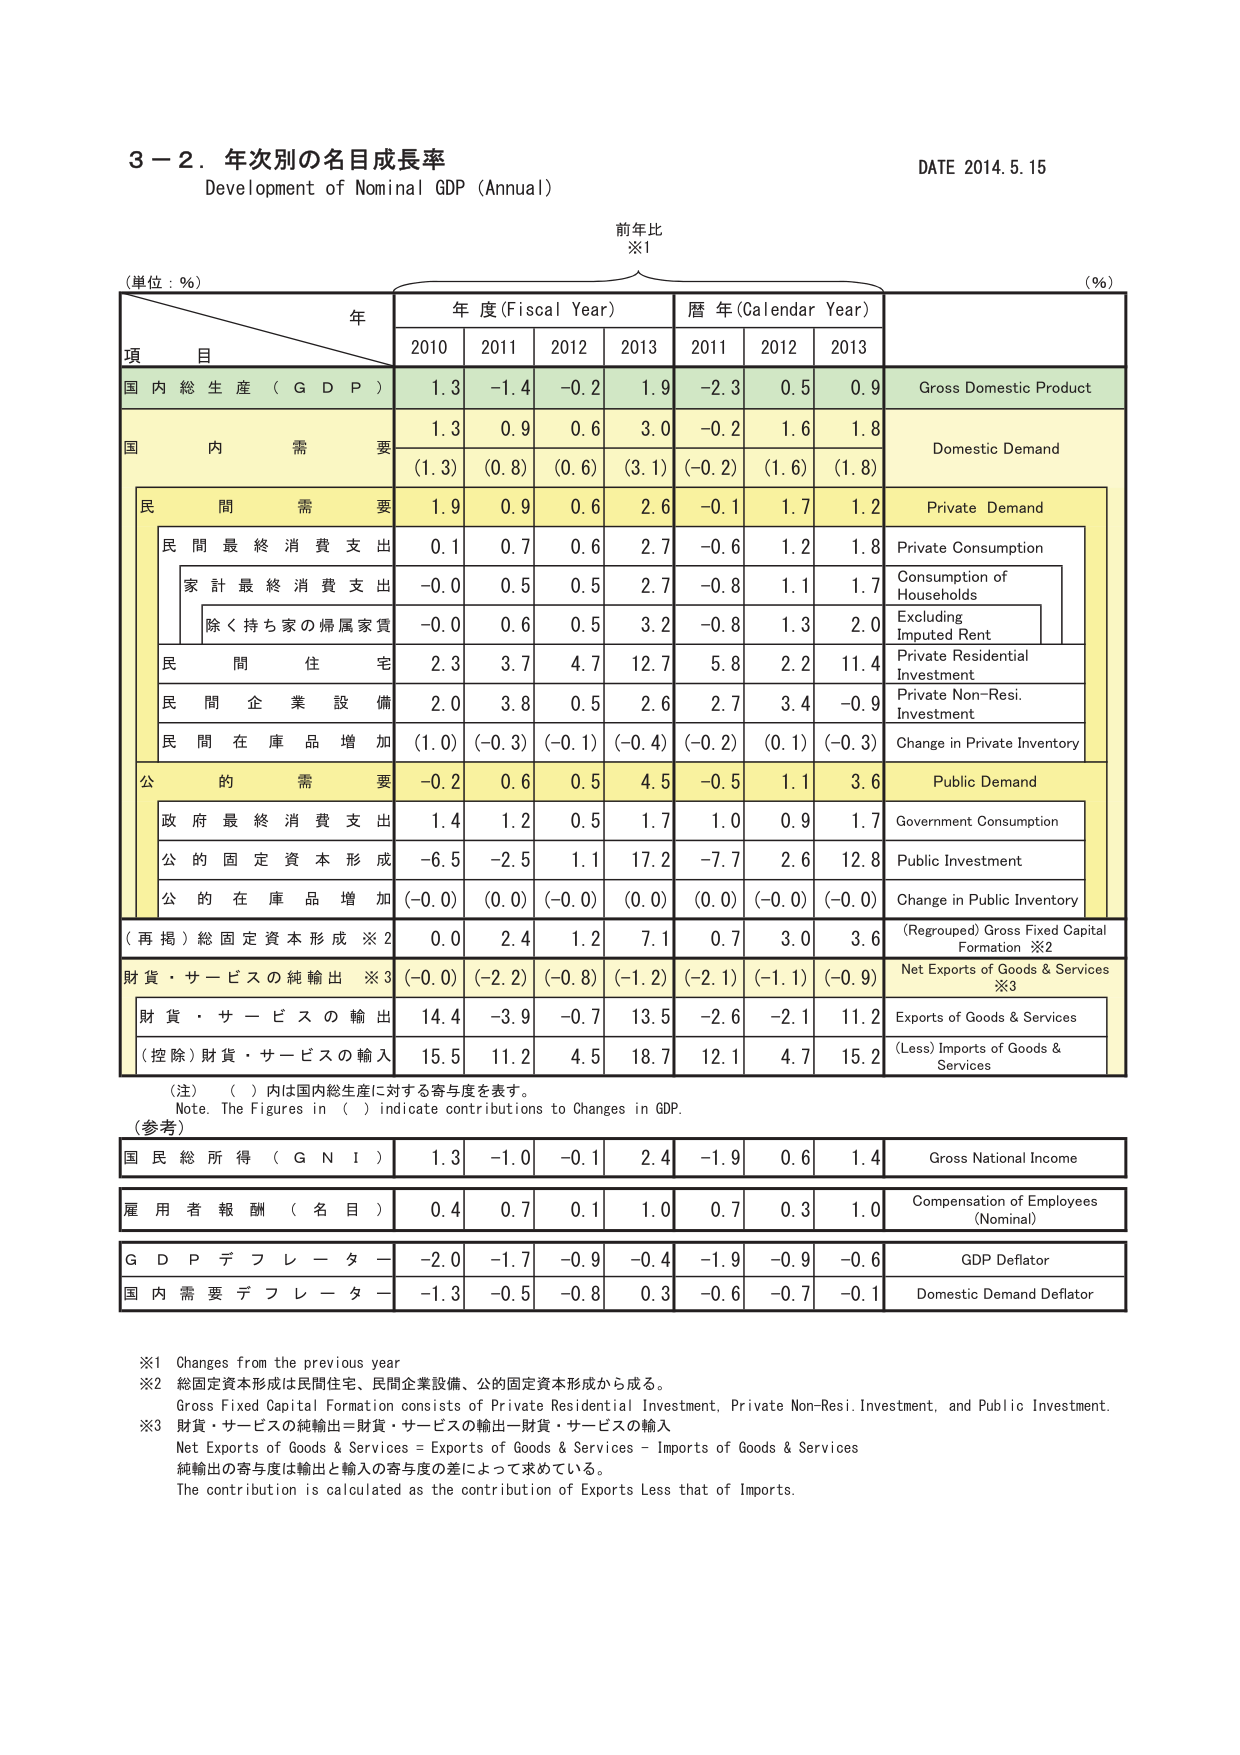
3－2．年次別の名目成長率
Development of Nominal GDP (Annual)
DATE 2014.5.15

前年比
※1

(単位：％)
年
年度 (Fiscal Year)
暦年 (Calendar Year)
(％)

項 目
2010
2011
2012
2013
2011
2012
2013

国内総生産（GDP）
1.3
-1.4
-0.2
1.9
-2.3
0.5
0.9
Gross Domestic Product

国内需要
1.3
0.9
0.6
3.0
-0.2
1.6
1.8
Domestic Demand
(1.3)
(0.8)
(0.6)
(3.1)
(-0.2)
(1.6)
(1.8)

民間需要
1.9
0.9
0.6
2.6
-0.1
1.7
1.2
Private Demand

民間最終消費支出
0.1
0.7
0.6
2.7
-0.6
1.2
1.8
Private Consumption

家計最終消費支出
-0.0
0.5
0.5
2.7
-0.8
1.1
1.7
Consumption of Households

除く持ち家の帰属家賃
-0.0
0.6
0.5
3.2
-0.8
1.3
2.0
Excluding Imputed Rent

民間住宅
2.3
3.7
4.7
12.7
5.8
2.2
11.4
Private Residential Investment

民間企業設備
2.0
3.8
0.5
2.6
2.7
3.4
-0.9
Private Non-Resi. Investment

民間在庫品増加
(1.0)
(-0.3)
(-0.1)
(-0.4)
(-0.2)
(0.1)
(-0.3)
Change in Private Inventory

公的需要
-0.2
0.6
0.5
4.5
-0.5
1.1
3.6
Public Demand

政府最終消費支出
1.4
1.2
0.5
1.7
1.0
0.9
1.7
Government Consumption

公的固定資本形成
-6.5
-2.5
1.1
17.2
-7.7
2.6
12.8
Public Investment

公的在庫品増加
(-0.0)
(0.0)
(-0.0)
(0.0)
(0.0)
(-0.0)
(-0.0)
Change in Public Inventory

（再掲）総固定資本形成 ※2
0.0
2.4
1.2
7.1
0.7
3.0
3.6
(Regrouped) Gross Fixed Capital Formation ※2

財貨・サービスの純輸出 ※3
(-0.0)
(-2.2)
(-0.8)
(-1.2)
(-2.1)
(-1.1)
(-0.9)
Net Exports of Goods & Services ※3

財貨・サービスの輸出
14.4
-3.9
-0.7
13.5
-2.6
-2.1
11.2
Exports of Goods & Services

（控除）財貨・サービスの輸入
15.5
11.2
4.5
18.7
12.1
4.7
15.2
(Less) Imports of Goods & Services

（注）（ ）内は国内総生産に対する寄与度を表す。
Note. The Figures in ( ) indicate contributions to Changes in GDP.

（参考）

国民総所得（GNI）
1.3
-1.0
-0.1
2.4
-1.9
0.6
1.4
Gross National Income

雇用者報酬（名目）
0.4
0.7
0.1
1.0
0.7
0.3
1.0
Compensation of Employees (Nominal)

GDPデフレーター
-2.0
-1.7
-0.9
-0.4
-1.9
-0.9
-0.6
GDP Deflator

国内需要デフレーター
-1.3
-0.5
-0.8
0.3
-0.6
-0.7
-0.1
Domestic Demand Deflator

※1 Changes from the previous year
※2 総固定資本形成は民間住宅、民間企業設備、公的固定資本形成から成る。
Gross Fixed Capital Formation consists of Private Residential Investment, Private Non-Resi. Investment, and Public Investment.
※3 財貨・サービスの純輸出＝財貨・サービスの輸出－財貨・サービスの輸入
Net Exports of Goods & Services = Exports of Goods & Services – Imports of Goods & Services
純輸出の寄与度は輸出と輸入の寄与度の差によって求めている。
The contribution is calculated as the contribution of Exports Less that of Imports.